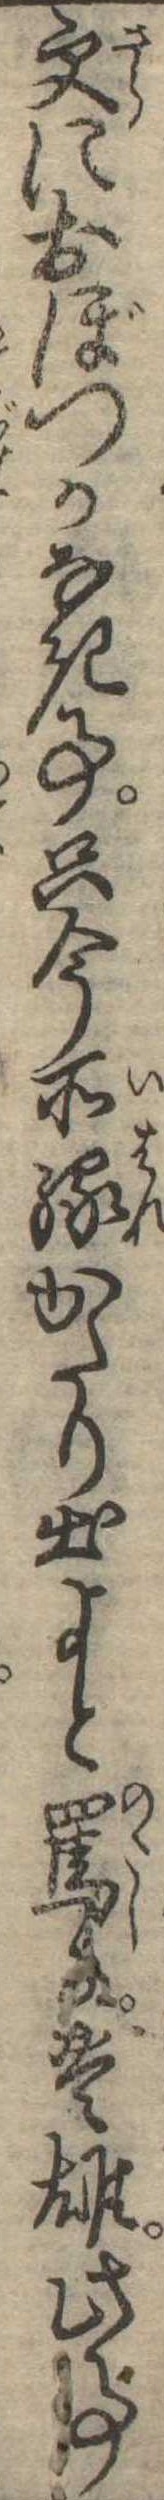
更におぼつかなき事只今所縁かたり出よと罵る豊雄此事